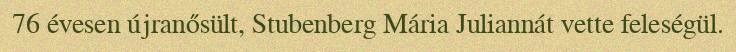
76 évesen újranősült, Stubenberg Mária Juliannát vette feleségül.